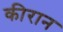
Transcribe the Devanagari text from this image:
कीरान